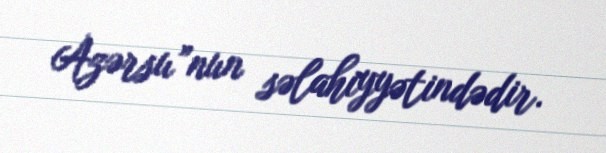
Azərsu”nun səlahiyyətindədir.